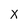
Character: X